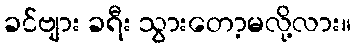
ခင်ဗျား ခရီး သွားတော့မလို့လား။